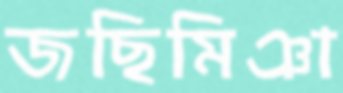
জছিমিঞা